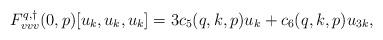
\begin{align*}F^{q,\dagger}_{vvv}(0,p)[u_k,u_k,u_k] &= 3c_5(q,k,p) u_k + c_6(q,k,p) u_{3k},\end{align*}